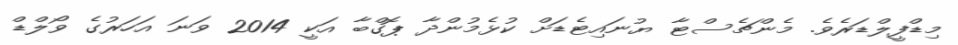
މިޑްފީލްޑަރެވެ. މެންޗެސްޓާ ޔުނައިޓެޑަށް ކުޅެމުންދާ ޕޮގްބާ އަކީ 2014 ވަނަ އަހަރުގެ ވޯލްޑް